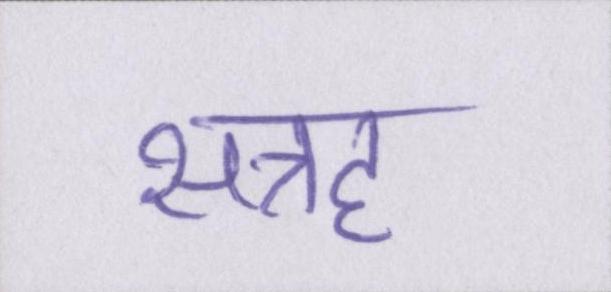
सत्रह